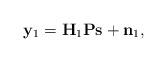
LaTeX: \begin{align*}\mathbf{y}_{ 1} = \mathbf{H}_{1}\mathbf{P}\mathbf{s}+\mathbf{n}_{ 1},\end{align*}